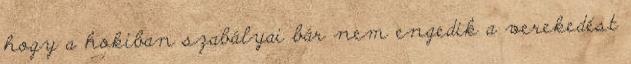
hogy a hokiban szabályai bár nem engedik a verekedést